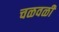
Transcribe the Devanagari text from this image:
चळवळीे